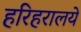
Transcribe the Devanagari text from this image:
हरिहरालये